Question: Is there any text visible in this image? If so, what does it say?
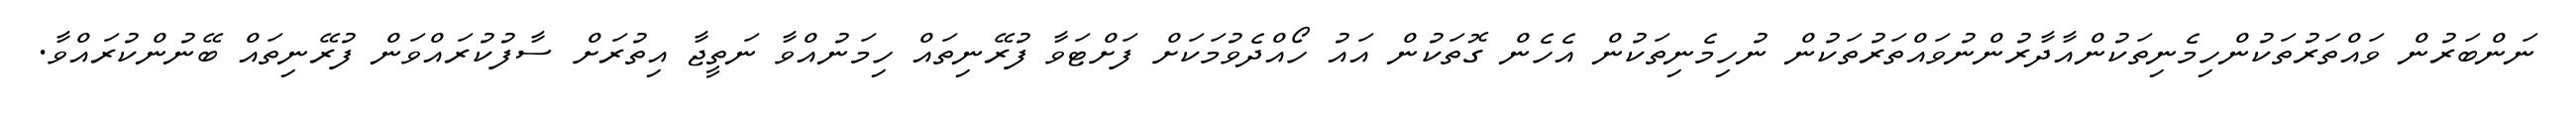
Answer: ނަންބަރުން ވައްތަރުތަކުންހިމެނިތަކުންއާދާރުންނުވައްތަރުތަކުން ނުހިމެނިތަކުން އެހެން ގޮތަކުން އައު ހޯއްދެވުމަކަށް ފަށްޓަވާ ފުރޭނިތައް ހިމަނުއްވާ ނަތީޖާ އިތުރަށް ސާފުކުރައްވަން ފުރޭނިތައް ބޭނުންކުރައްވާ.